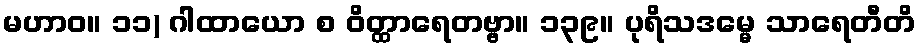
မဟာဝ။ ၁၁) ဂါထာယော စ ဝိတ္ထာရေတဗ္ဗာ။ ၁၃၉။ ပုရိသဒမ္မေ သာရေတီတိ